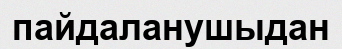
пайдаланушыдан